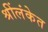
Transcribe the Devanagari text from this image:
श्रींलंकेत